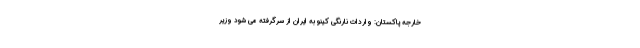
خارجه ‌پاکستان: واردات نارنگی کینو به ایران از سرگرفته می شود وزیر